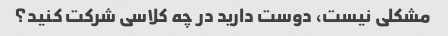
مشکلی نیست، دوست دارید در چه کلاسی شرکت کنید؟